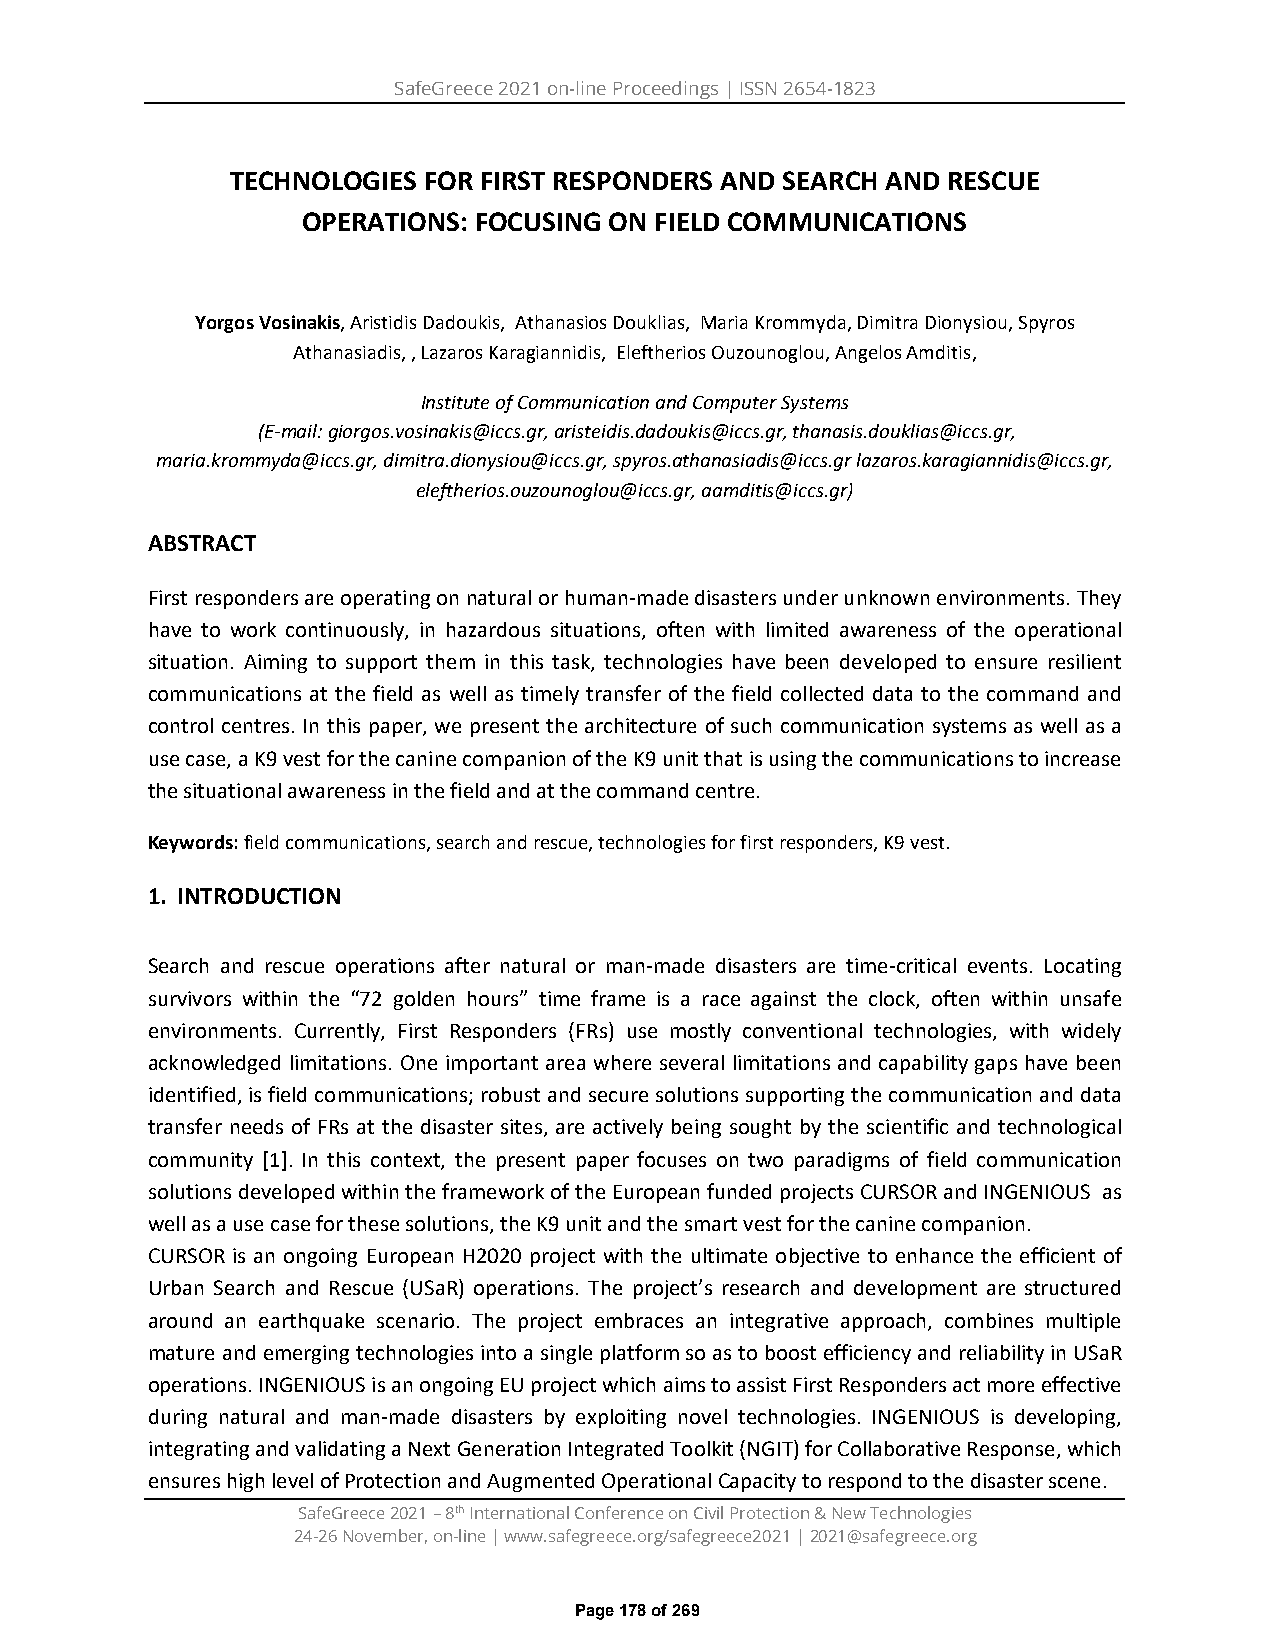
SafeGreece 2021 on-line Proceedings | ISSN 2654-1823
 TECHNOLOGIES FOR FIRST RESPONDERS AND SEARCH AND RESCUE
 OPERATIONS: FOCUSING ON FIELD COMMUNICATIONS
 Yorgos Vosinakis, Aristidis Dadoukis, Athanasios Douklias, Maria Krommyda, Dimitra Dionysiou, Spyros
 Athanasiadis, , Lazaros Karagiannidis, Eleftherios Ouzounoglou, Angelos Amditis,
 Institute of Communication and Computer Systems
 (E-mail: giorgos.vosinakis@iccs.gr, aristeidis.dadoukis@iccs.gr, thanasis.douklias@iccs.gr,
 maria.krommyda@iccs.gr, dimitra.dionysiou@iccs.gr, spyros.athanasiadis@iccs.gr lazaros.karagiannidis@iccs.gr,
 eleftherios.ouzounoglou@iccs.gr, aamditis@iccs.gr)
 ABSTRACT
 First responders are operating on natural or human-made disasters under unknown environments. They
 have to work continuously, in hazardous situations, often with limited awareness of the operational
 situation. Aiming to support them in this task, technologies have been developed to ensure resilient
 communications at the field as well as timely transfer of the field collected data to the command and
 control centres. In this paper, we present the architecture of such communication systems as well as a
 use case, a K9 vest for the canine companion of the K9 unit that is using the communications to increase
 the situational awareness in the field and at the command centre.
 Keywords: field communications, search and rescue, technologies for first responders, K9 vest.
 1. INTRODUCTION
 Search and rescue operations after natural or man-made disasters are time-critical events. Locating
 survivors within the “72 golden hours” time frame is a race against the clock, often within unsafe
 environments. Currently, First Responders (FRs) use mostly conventional technologies, with widely
 acknowledged limitations. One important area where several limitations and capability gaps have been
 identified, is field communications; robust and secure solutions supporting the communication and data
 transfer needs of FRs at the disaster sites, are actively being sought by the scientific and technological
 community [1]. In this context, the present paper focuses on two paradigms of field communication
 solutions developed within the framework of the European funded projects CURSOR and INGENIOUS as
 well as a use case for these solutions, the K9 unit and the smart vest for the canine companion.
 CURSOR is an ongoing European H2020 project with the ultimate objective to enhance the efficient of
 Urban Search and Rescue (USaR) operations. The project’s research and development are structured
 around an earthquake scenario. The project embraces an integrative approach, combines multiple
 mature and emerging technologies into a single platform so as to boost efficiency and reliability in USaR
 operations. INGENIOUS is an ongoing EU project which aims to assist First Responders act more effective
 during natural and man-made disasters by exploiting novel technologies. INGENIOUS is developing,
 integrating and validating a Next Generation Integrated Toolkit (NGIT) for Collaborative Response, which
 ensures high level of Protection and Augmented Operational Capacity to respond to the disaster scene.
 SafeGreece 2021 – 8th International Conference on Civil Protection & New Technologies
 24-26 November, on-line | www.safegreece.org/safegreece2021 | 2021@safegreece.org
 Page 178 of 269